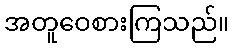
အတူဝေစားကြသည်။